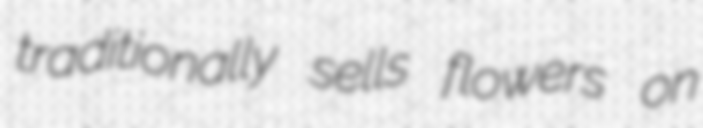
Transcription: traditionally sells flowers on